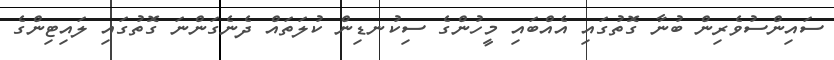
ސައިންސުވެރިން ބުނާ ގޮތުގައި އެއްބައި މީހުންގެ ސިކުނޑިން ކުލަތައް ދެނެގަންނަ ގޮތުގައި ލައިޓިންގެ